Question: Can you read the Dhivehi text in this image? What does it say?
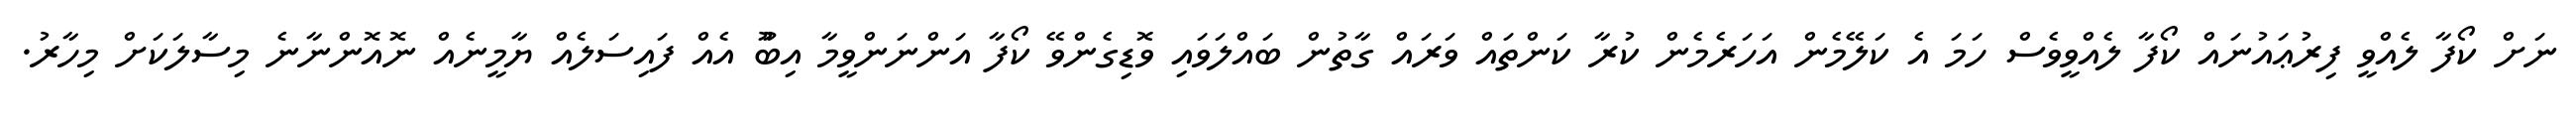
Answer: ނަށް ކޯފާ ލެއްވީ ފިރުޢައުނައް ކޯފާ ލެއްވީވެސް ހަމަ އެ ކަލޭމެން އަހަރެމެން ކުރާ ކަންތައް ވަރައް ގާތުން ބައްލަވައި ވޮޑިގެންވޭ ކޯފާ އަންނަންވީމާ އިބޫު އެއް ފައިސަލެއް ޔާމީނެއް ނޮއޮންނާނެ މިސާލަކަށް މިހާރު.